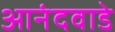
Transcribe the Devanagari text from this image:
आनंदवाडे